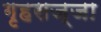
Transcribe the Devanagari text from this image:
गृहसज्जा